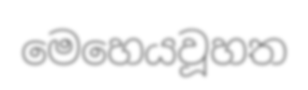
මෙහෙයවූහත